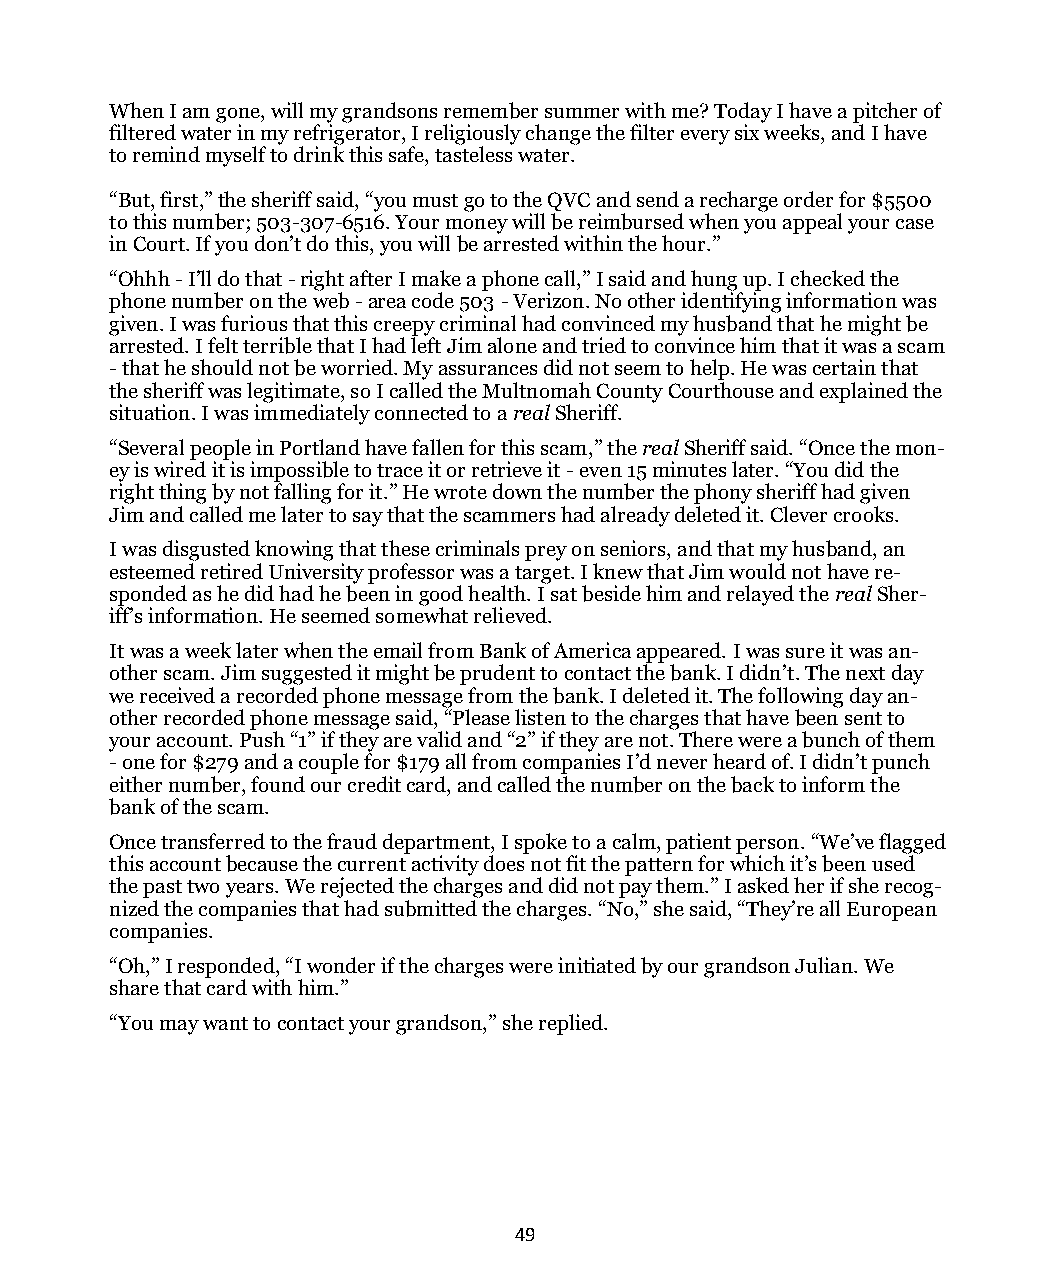
When I am gone, will my grandsons remember summer with me? Today I have a pitcher of
 filtered water in my refrigerator, I religiously change the filter every six weeks, and I have
 to remind myself to drink this safe, tasteless water.
 “But, first,” the sheriff said, “you must go to the QVC and send a recharge order for $5500
 to this number; 503-307-6516. Your money will be reimbursed when you appeal your case
 in Court. If you don’t do this, you will be arrested within the hour.”
 “Ohhh - I’ll do that - right after I make a phone call,” I said and hung up. I checked the
 phone number on the web - area code 503 - Verizon. No other identifying information was
 given. I was furious that this creepy criminal had convinced my husband that he might be
 arrested. I felt terrible that I had left Jim alone and tried to convince him that it was a scam
 - that he should not be worried. My assurances did not seem to help. He was certain that
 the sheriff was legitimate, so I called the Multnomah County Courthouse and explained the
 situation. I was immediately connected to a real Sheriff.
 “Several people in Portland have fallen for this scam,” the real Sheriff said. “Once the mon-
 ey is wired it is impossible to trace it or retrieve it - even 15 minutes later. “You did the
 right thing by not falling for it.” He wrote down the number the phony sheriff had given
 Jim and called me later to say that the scammers had already deleted it. Clever crooks.
 I was disgusted knowing that these criminals prey on seniors, and that my husband, an
 esteemed retired University professor was a target. I knew that Jim would not have re-
 sponded as he did had he been in good health. I sat beside him and relayed the real Sher-
 iff’s information. He seemed somewhat relieved.
 It was a week later when the email from Bank of America appeared. I was sure it was an-
 other scam. Jim suggested it might be prudent to contact the bank. I didn’t. The next day
 we received a recorded phone message from the bank. I deleted it. The following day an-
 other recorded phone message said, “Please listen to the charges that have been sent to
 your account. Push “1” if they are valid and “2” if they are not. There were a bunch of them
 - one for $279 and a couple for $179 all from companies I’d never heard of. I didn’t punch
 either number, found our credit card, and called the number on the back to inform the
 bank of the scam.
 Once transferred to the fraud department, I spoke to a calm, patient person. “We’ve flagged
 this account because the current activity does not fit the pattern for which it’s been used
 the past two years. We rejected the charges and did not pay them.” I asked her if she recog-
 nized the companies that had submitted the charges. “No,” she said, “They’re all European
 companies.
 “Oh,” I responded, “I wonder if the charges were initiated by our grandson Julian. We
 share that card with him.”
 “You may want to contact your grandson,” she replied.
 49